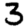
Digit: 3